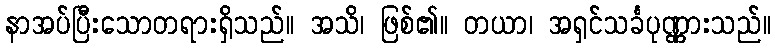
နာအပ်ပြီးသောတရားရှိသည်။ အသိ၊ ဖြစ်၏။ တယာ၊ အရှင်သင်္ခပုဏ္ဏားသည်။